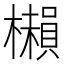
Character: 𣞥